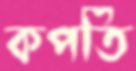
কপতি